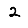
Digit: 2